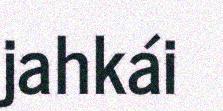
jahkái